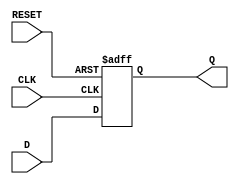
module d_flip_flop(
    input wire D,
    input wire CLK,
    input wire RESET,
    output reg Q
);

always @(posedge CLK or posedge RESET)
begin
    if(RESET)
        Q <= 1'b0; // Predefined state
    else
        Q <= D;
end

endmodule